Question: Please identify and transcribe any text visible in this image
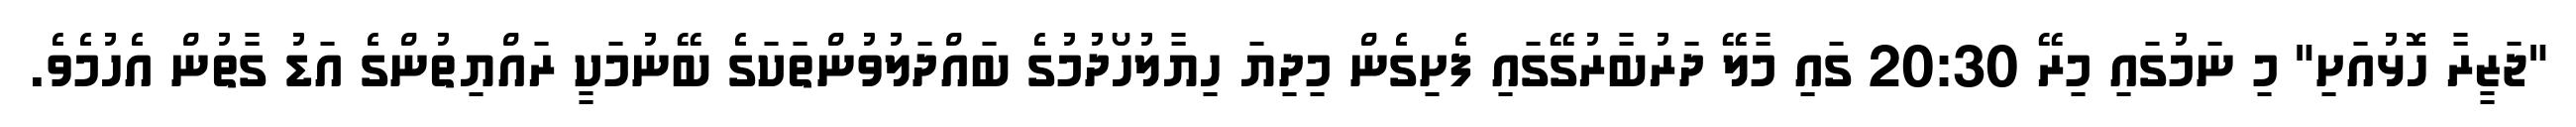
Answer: "ޖަޒީރާ ހޮޅުއަށި" މި ނަމުގައި މިރޭ 20:30 ގައި މާލޭ ދަރުބާރުގޭގައި ފެށިގެން މިދިޔަ ހިޔާލުހޯދުމުގެ ބައްދަލުވުންތަކަގެ ބޭނުމަކީ ރައްޔިތުންގެ އަޑު ގާތުން އެހުމެވެ.